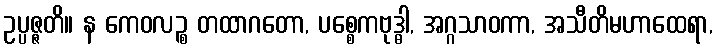
ဥပ္ပဇ္ဇတိ။ န ကေဝလဉ္စ တထာဂတော, ပစ္စေကဗုဒ္ဓါ, အဂ္ဂသာဝကာ, အသီတိမဟာထေရာ,